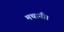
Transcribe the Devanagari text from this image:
मथानी।